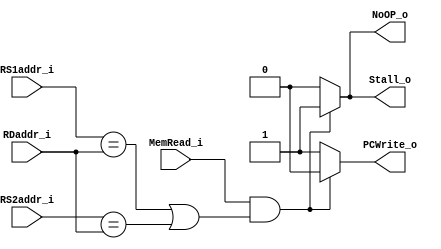
module HDU (
    RS1addr_i,
    RS2addr_i,
    PCWrite_o,
    Stall_o,
    NoOP_o,
    RDaddr_i,
    MemRead_i
);

input [4:0] RS1addr_i, RS2addr_i, RDaddr_i;
input MemRead_i;
output reg PCWrite_o, Stall_o;
output reg NoOP_o;

always @(*) begin
    if (MemRead_i
    && ((RS1addr_i == RDaddr_i) || (RS2addr_i == RDaddr_i))) begin
        NoOP_o <= 1'b1;
        Stall_o <= 1'b1;
        PCWrite_o <= 1'b0;
    end
    else begin
        NoOP_o <= 1'b0;
        Stall_o <= 1'b0;
        PCWrite_o <= 1'b1;
    end

end
endmodule